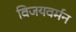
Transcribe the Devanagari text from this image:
विजयवर्मन